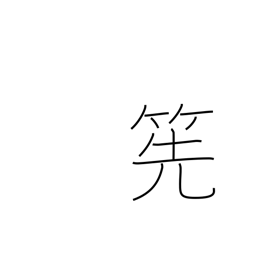
Meaning: bamboo whisk for tea-making